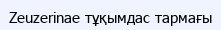
Zeuzerinae тұқымдас тармағы